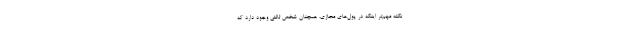
نکته مهم‌تر اینکه در پول‌های مجازی، همچنان شخص ثالثی وجود دارد که